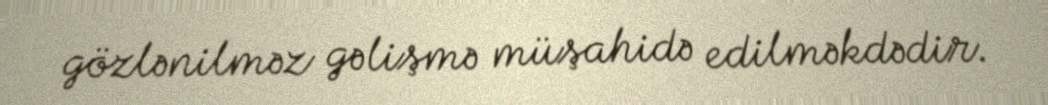
gözlənilməz gəlişmə müşahidə edilməkdədir.